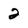
Character: 2